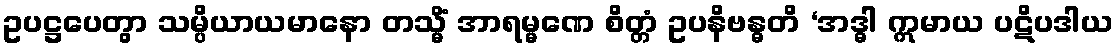
ဥပဋ္ဌပေတွာ သမ္ပိယာယမာနော တသ္မိံ အာရမ္မဏေ စိတ္တံ ဥပနိဗန္ဓတိ ‘အဒ္ဓါ ဣမာယ ပဋိပဒါယ